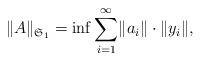
LaTeX: \begin{align*}\lVert A\rVert_{\mathfrak S_1}=\inf\sum_{i=1}^\infty\lVert a_i\rVert\cdot\lVert y_i\rVert,\end{align*}